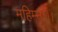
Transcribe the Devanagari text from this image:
महिम्नः।।